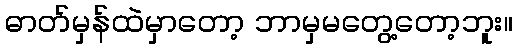
ဓာတ်မှန်ထဲမှာတော့ ဘာမှမတွေ့တော့ဘူး။